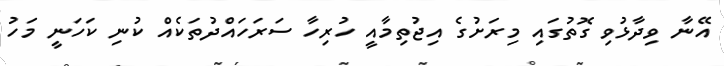
އޭނާ ވިދާޅުވި ގޮތުގައި މިރަށުގެ އިޖުތިމާއީ ހުރިހާ ސަރަހައްދުތަކެއް ކުނި ކަހަނީ މަހު